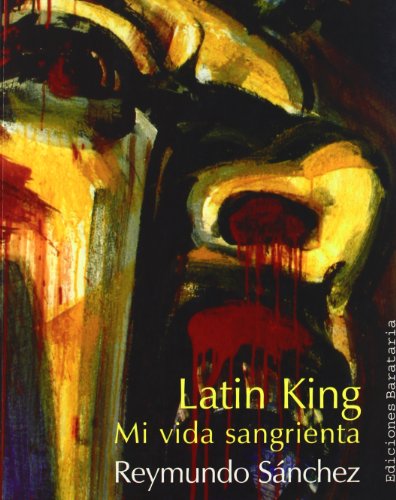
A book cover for Latin King: Una vida sangrienta (Coleccion Barbaros/Testimonio) (Spanish Edition); Reymundo Sanchez; Biographies & Memoirs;